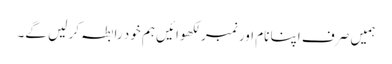
ہمیں صرف اپنا نام اور نمبر لکھوائیں ہم خود رابطہ کر لیں گے۔